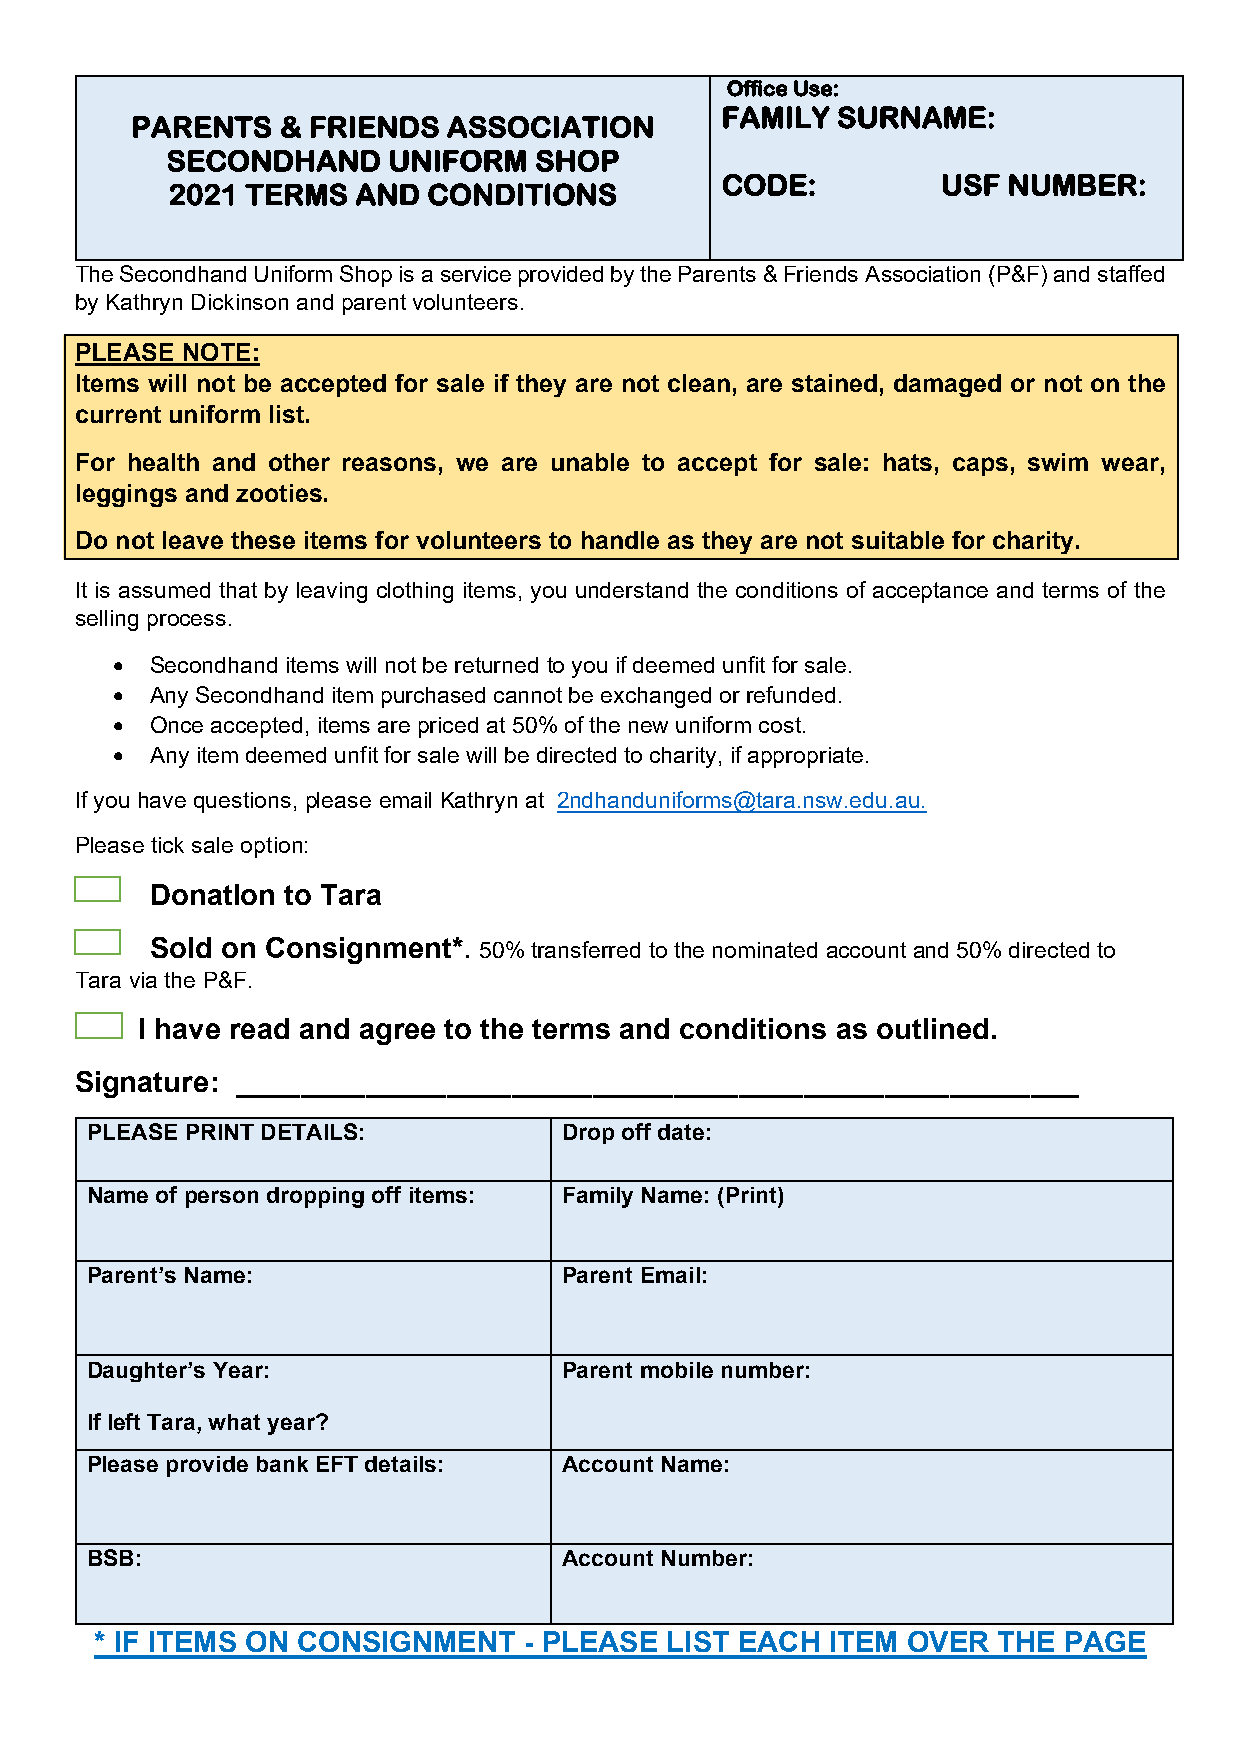
Office Use:
 FAMILY SURNAME:
 PARENTS   & FRIENDS  ASSOCIATION
 SECONDHAND     UNIFORM  SHOP
 CODE:         USF  NUMBER:
 2021 TERMS   AND CONDITIONS
 The Secondhand Uniform Shop is a service provided by the Parents & Friends Association (P&F) and staffed
 by Kathryn Dickinson and parent volunteers.
 PLEASE NOTE:
 Items will not be accepted for sale if they are not clean, are stained, damaged or not on the
 current uniform list.
 For health and other reasons, we are unable to accept for sale: hats, caps, swim wear,
 leggings and zooties.
 Do not leave these items for volunteers to handle as they are not suitable for charity.
 It is assumed that by leaving clothing items, you understand the conditions of acceptance and terms of the
 selling process.
 •  Secondhand items will not be returned to you if deemed unfit for sale.
 •  Any Secondhand item purchased cannot be exchanged or refunded.
 •  Once accepted, items are priced at 50% of the new uniform cost.
 •  Any item deemed unfit for sale will be directed to charity, if appropriate.
 If you have questions, please email Kathryn at 2ndhanduniforms@tara.nsw.edu.au.
 Please tick sale option:
 DonatIon to Tara
 Sold on Consignment*. 50% transferred to the nominated account and 50% directed to
 Tara via the P&F.
 I have read and agree to the terms and conditions as outlined.
 Signature: ____________________________________________________
 PLEASE PRINT DETAILS:          Drop off date:
 Name of person dropping off items: Family Name: (Print)
 Parent’s Name:                 Parent Email:
 Daughter’s Year:               Parent mobile number:
 If left Tara, what year?
 Please provide bank EFT details: Account Name:
 BSB:                           Account Number:
 * IF ITEMS ON CONSIGNMENT    - PLEASE LIST EACH  ITEM OVER  THE PAGE